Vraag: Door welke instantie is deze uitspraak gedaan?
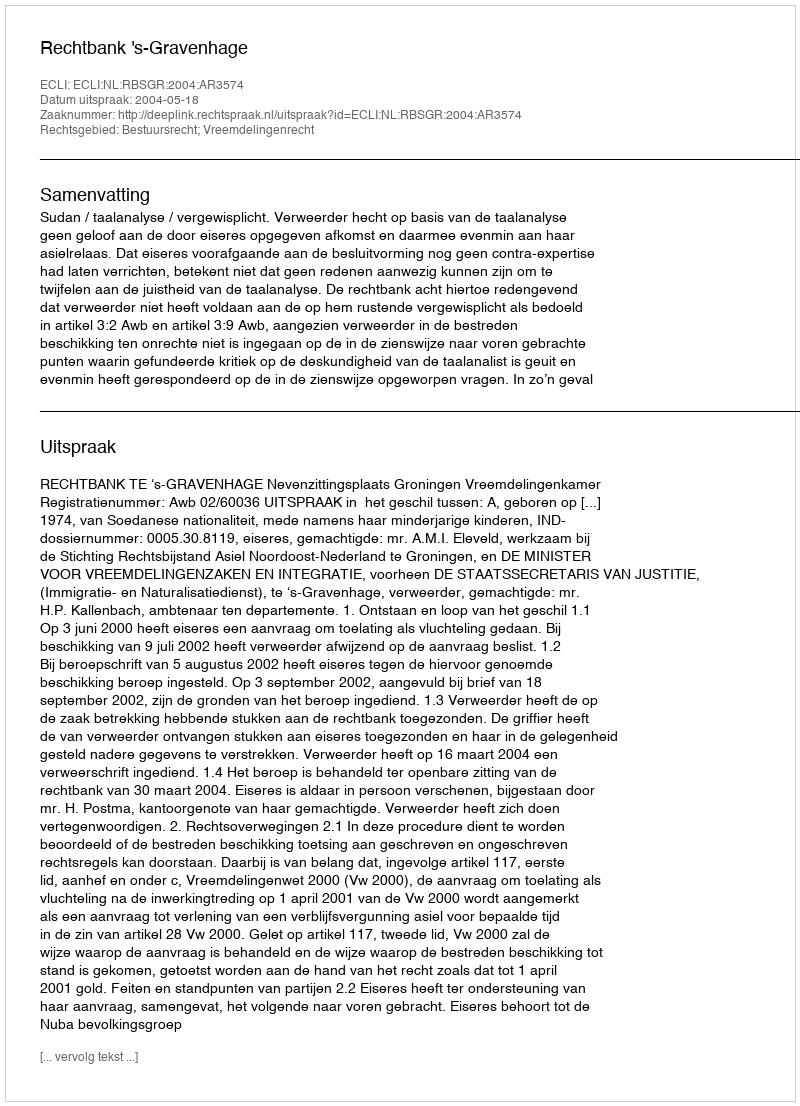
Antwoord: Rechtbank 's-Gravenhage